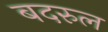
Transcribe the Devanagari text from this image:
बदरुल